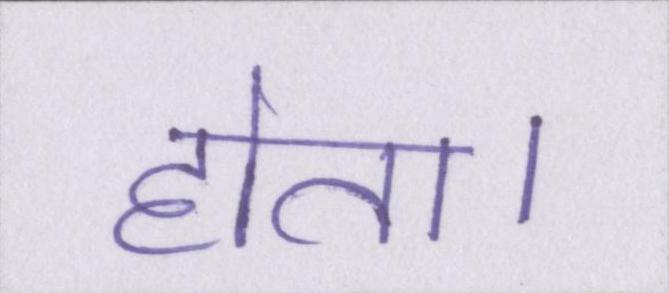
होता।